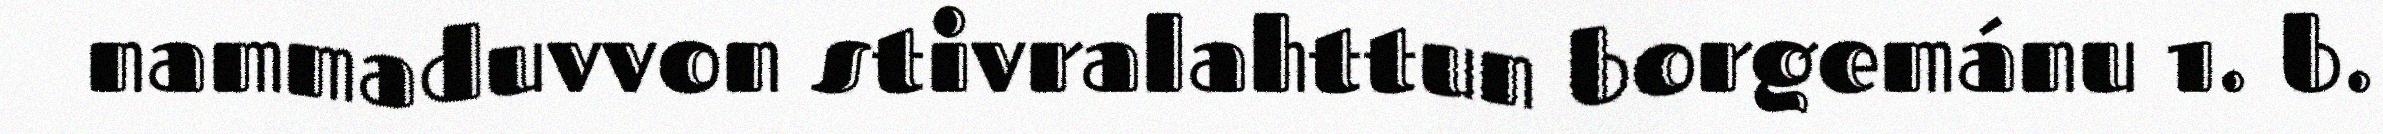
nammaduvvon stivralahttun borgemánu 1. b.